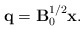
\begin{align*}{\bf q} = {\bf B}_0 ^{1/2} {\bf x}. \end{align*}